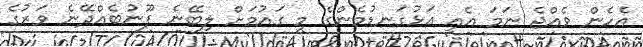
އެހެން ވެއްޖެ ނަމަ އެއީ އަޅުގަނޑުމެންގެ މި ގައުމަށް ލިބޭނެ ފޫނުބެއްދޭނެ ވަރުގެ